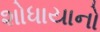
શોધાયાનો